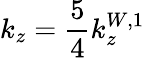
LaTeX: k_{z}=\frac{5}{4}k_{z}^{W,1}